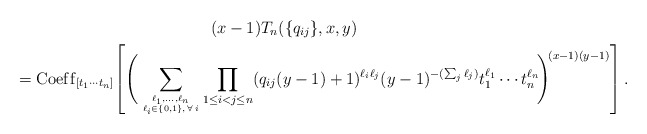
\begin{gather*}(x-1) T_n(\{q_{ij} \},x,y)\\{}= {\rm Coef\/f}_{[t_1 \cdots t_n]} \! \left[\Bigg( \sum_{\ell_1,\ldots,\ell_n\atop \ell_i \in \{0,1 \}, \, \forall\, i} \prod_{1 \le i < j \le n}(q_{ij} (y-1)+1)^{\ell_i \ell_j} (y-1)^{- (\sum_{j} \ell_{j})} t_1^{\ell_{1}} \cdots t_n^{\ell_{n}} \!\Bigg)^{\!(x-1)(y-1)} \right] .\end{gather*}